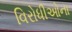
વિરોધીઓના